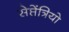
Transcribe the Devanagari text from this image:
सेप्तेंत्रियो